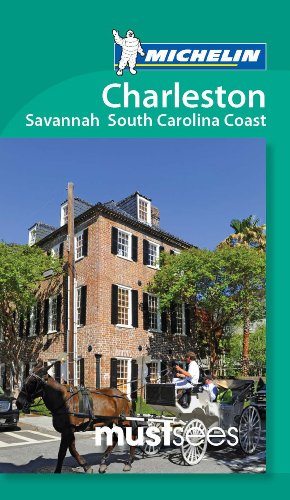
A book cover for Michelin Must Sees Charleston, Savannah and the South Carolina Coast (Must See Guides/Michelin); Michelin; Travel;